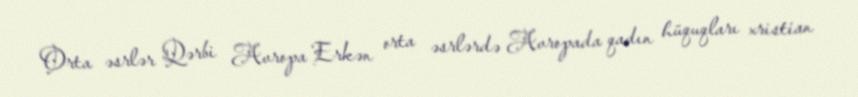
Orta əsrlər Qərbi Avropa Erkən orta əsrlərdə Avropada qadın hüquqları xristian